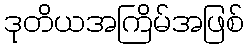
ဒုတိယအကြိမ်အဖြစ်